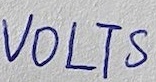
Text: VOLTS